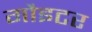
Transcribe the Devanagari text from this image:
गौइटर